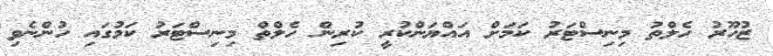
ޒުހޫރު ހެލްތު މިނިސްޓަރު ކަމަށް އައްޔަންކުރީ ކުރިން ހެލްތް މިނިސްޓަރު ކަމުގައި ހުންނެވި